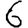
Digit: 6